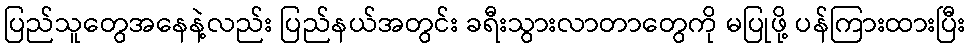
ပြည်သူတွေအနေနဲ့လည်း ပြည်နယ်အတွင်း ခရီးသွားလာတာတွေကို မပြုဖို့ ပန်ကြားထားပြီး